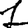
Digit: 1